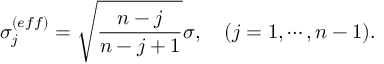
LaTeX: \sigma _ { j } ^ { ( e f f ) } = \sqrt { \frac { n - j } { n - j + 1 } } \sigma , ~ ~ ~ ( j = 1 , \cdots , n - 1 ) .